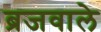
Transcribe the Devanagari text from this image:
ब्रजवाले